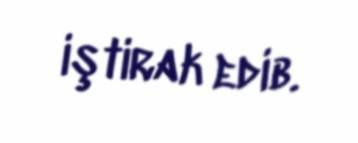
iştirak edib.